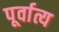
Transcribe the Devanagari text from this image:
पूर्वात्य